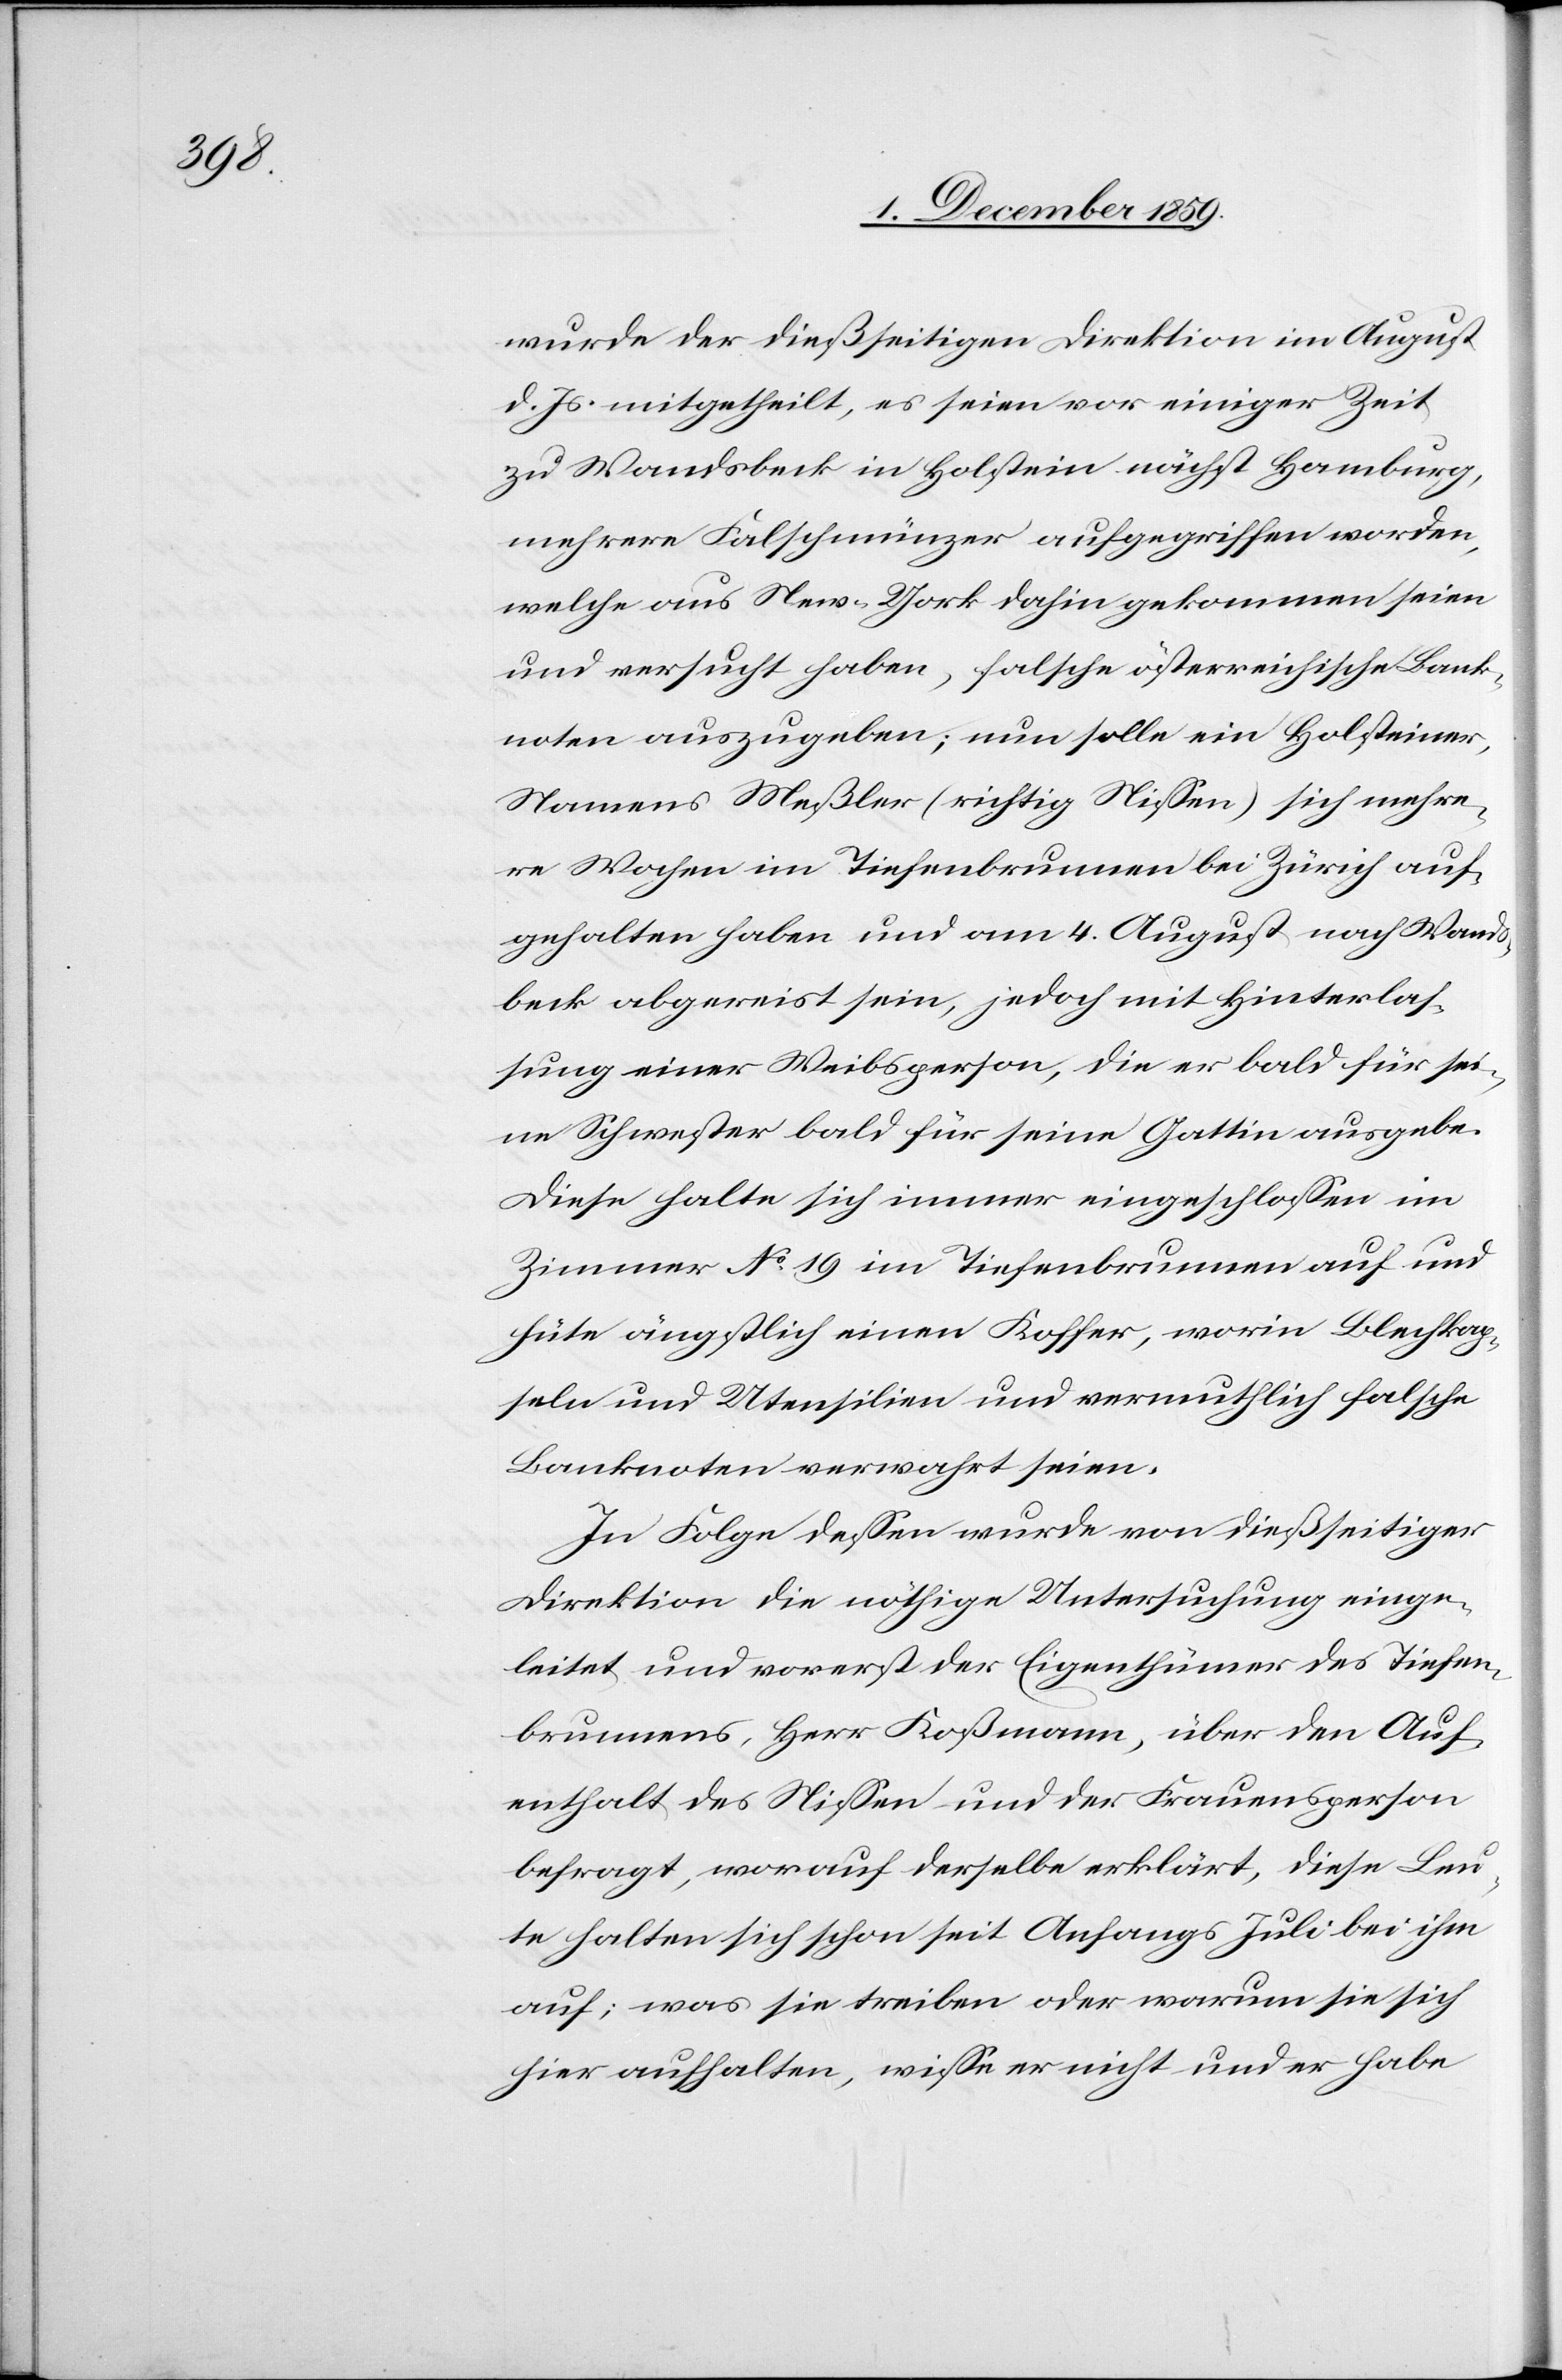
wurde der dießseitigen Direktion im August
d. Js. mitgetheilt, es seien vor einiger Zeit
zu Wandsbeck in Holstein nächst Hamburg,
mehrere Falschmünzer aufgegriffen worden,
welche aus New-York dahin gekommen seien
und versucht haben, falsche österreichische Bank¬
noten auszugeben; nun solle ein Holsteiner,
Namens Meßler (richtig Niessen) sich mehre¬
re Wochen im Tiefenbrunnen bei Zürich auf¬
gehalten haben und am 4. August nach Wands¬
beck abgereist sein, jedoch mit Hinterlas¬
sung einer Weibsperson, die er bald für sei¬
ne Schwester, bald für seine Gattin ausgebe.
Diese halte sich immer eingeschlossen im
Zimmer No 19 im Tiefenbrunnen auf und
hüte ängstlich einen Koffer, worin Blechkap¬
seln und Utensilien und vermuthlich falsche
Banknoten verwahrt seien.
In Folg dessen wurde von dießseitiger
Direktion die nöthige Untersuchung einge¬
leitet und vorerst der Eigenthümer des Tiefen¬
brunnens, Herr Koßmann, über den Auf¬
enthalt des Niessen und der Frauensperson
befragt, worauf derselbe erklärt, diese Leu¬
te halten sich schon seit Anfangs Juli bei ihm
auf; was sie treiben oder warum sie sich
hier aufhalten, wisse er nicht und er habe